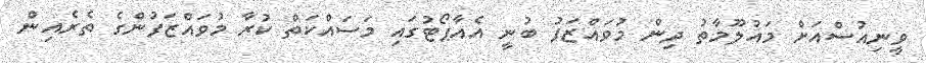
ވީނިއުސްއަށް މައުލޫމާތު ދިން މުވައްޒަފު ބުނީ އެއާޕޯޓުގައި މަސައްކަތް ކުރާ މުވައްޒަފުންގެ ތެރެއިން